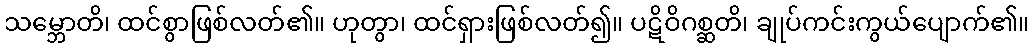
သမ္ဘောတိ၊ ထင်စွာဖြစ်လတ်၏။ ဟုတွာ၊ ထင်ရှားဖြစ်လတ်၍။ ပဋိဝိဂစ္ဆတိ၊ ချုပ်ကင်းကွယ်ပျောက်၏။